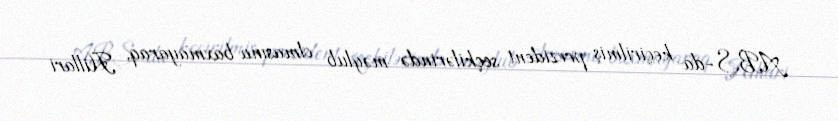
ABŞ-da keçirilmiş prezident seçkilərində məğlub olmasına baxmayaraq, Hillari